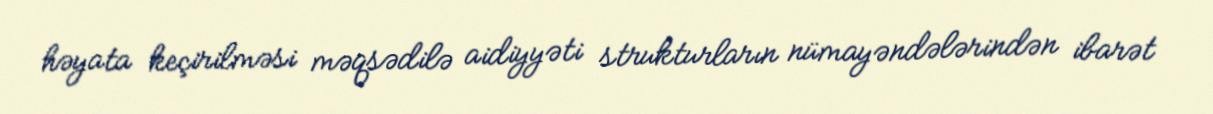
həyata keçirilməsi məqsədilə aidiyyəti strukturların nümayəndələrindən ibarət